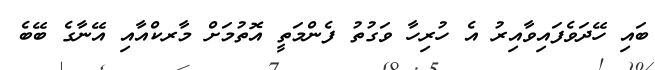
ބައި ހޭދަވެފައިވާއިރު އެ ހުރިހާ ވަގުތު ފެންމަތީ އޮތުމަށް މާރކްއާއި އޭނާގެ ބޭބެ